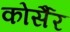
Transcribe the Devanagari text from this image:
कोर्सैर